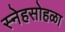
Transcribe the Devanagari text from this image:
स्नेहसोहळा